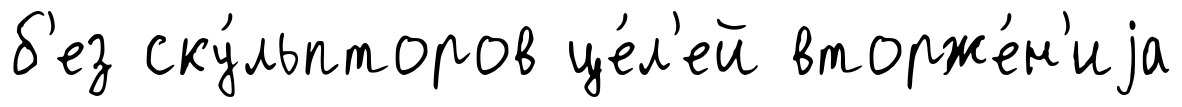
б'ез ску́льпторов це́л'ей вторже́н'иjа